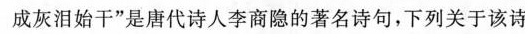
成灰泪始干”是唐代诗人李商隐的著名诗句，下列关于该诗